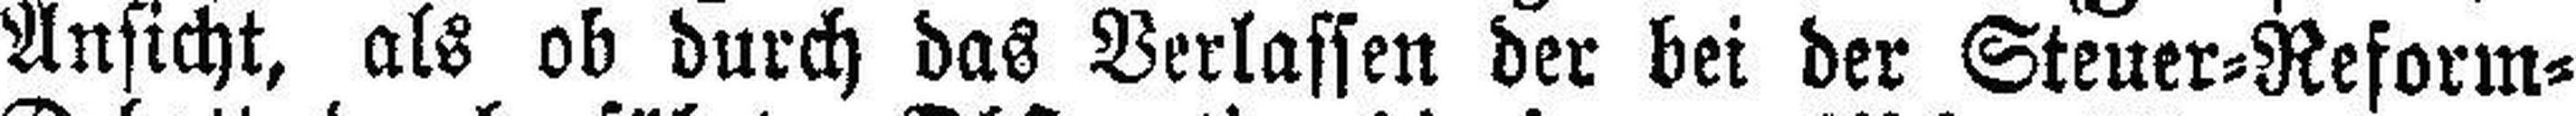
Ansicht, als ob durch das Verlassen der bei der Steuer=Reform¬